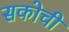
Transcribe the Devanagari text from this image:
सकोची